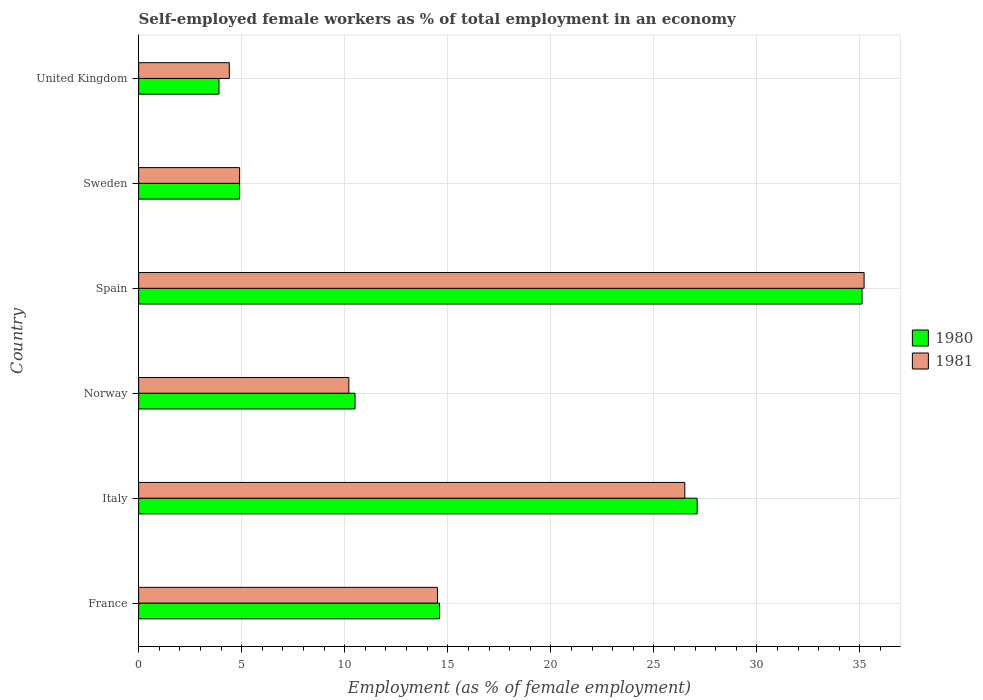
| Country | 1980 | 1981 |
 | --- | --- | --- |
 | France | 14.6 | 14.5 |
 | Italy | 27.1 | 26.5 |
 | Norway | 10.5 | 10.2 |
 | Spain | 35.1 | 35.2 |
 | Sweden | 4.9 | 4.9 |
 | United Kingdom | 3.9 | 4.4 |